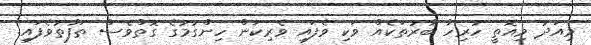
މިއަދު މިއޮތީ ހުރިހާ ބާރުތަކެއް ވަކި ވެފައި ވެރިކަން ހިންގުމުގެ ގޮތްވެސް ތަފާތުވެފައި.